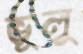
ভূলু